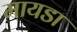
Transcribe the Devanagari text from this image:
मायडा